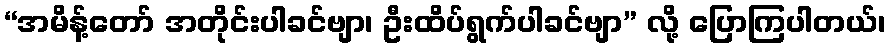
“အမိန့်တော် အတိုင်းပါခင်ဗျာ၊ ဦးထိပ်ရွက်ပါခင်ဗျာ” လို့ ပြောကြပါတယ်၊